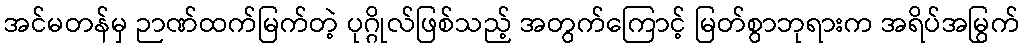
အင်မတန်မှ ဉာဏ်ထက်မြက်တဲ့ ပုဂ္ဂိုလ်ဖြစ်သည့် အတွက်ကြောင့် မြတ်စွာဘုရားက အရိပ်အမြွက်